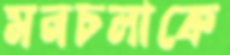
মনচলাকে